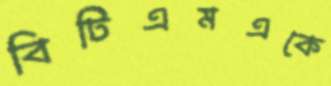
বিটিএমএকে